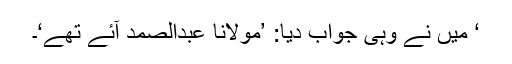
‘ میں نے وہی جواب دیا: ’مولانا عبدالصمد آئے تھے‘۔